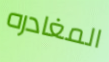
المغادره